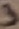
Text: 3